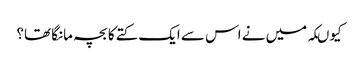
کیوںکہ میں نے اس سے ایک کتے کا بچہ مانگا تھا؟